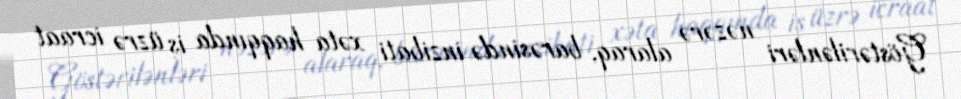
Göstərilənləri nəzərə alaraq, barəsində inzibati xəta haqqında iş üzrə icraat